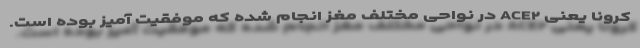
کرونا یعنی ACE۲ در نواحی مختلف مغز انجام شده که موفقیت آمیز بوده است.